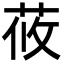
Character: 莜